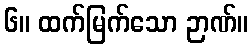
၆။ ထက်မြက်သော ဉာဏ်။